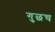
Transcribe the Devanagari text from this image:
गुछच